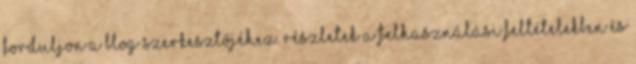
forduljon a blog szerkesztőjéhez. Részletek a Felhasználási feltételekben és